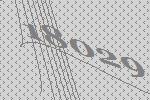
18029